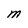
Character: M